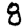
Digit: 8